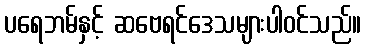
ပရေဘမ်နှင့် ဆဗေရင်ဒေသများပါဝင်သည်။